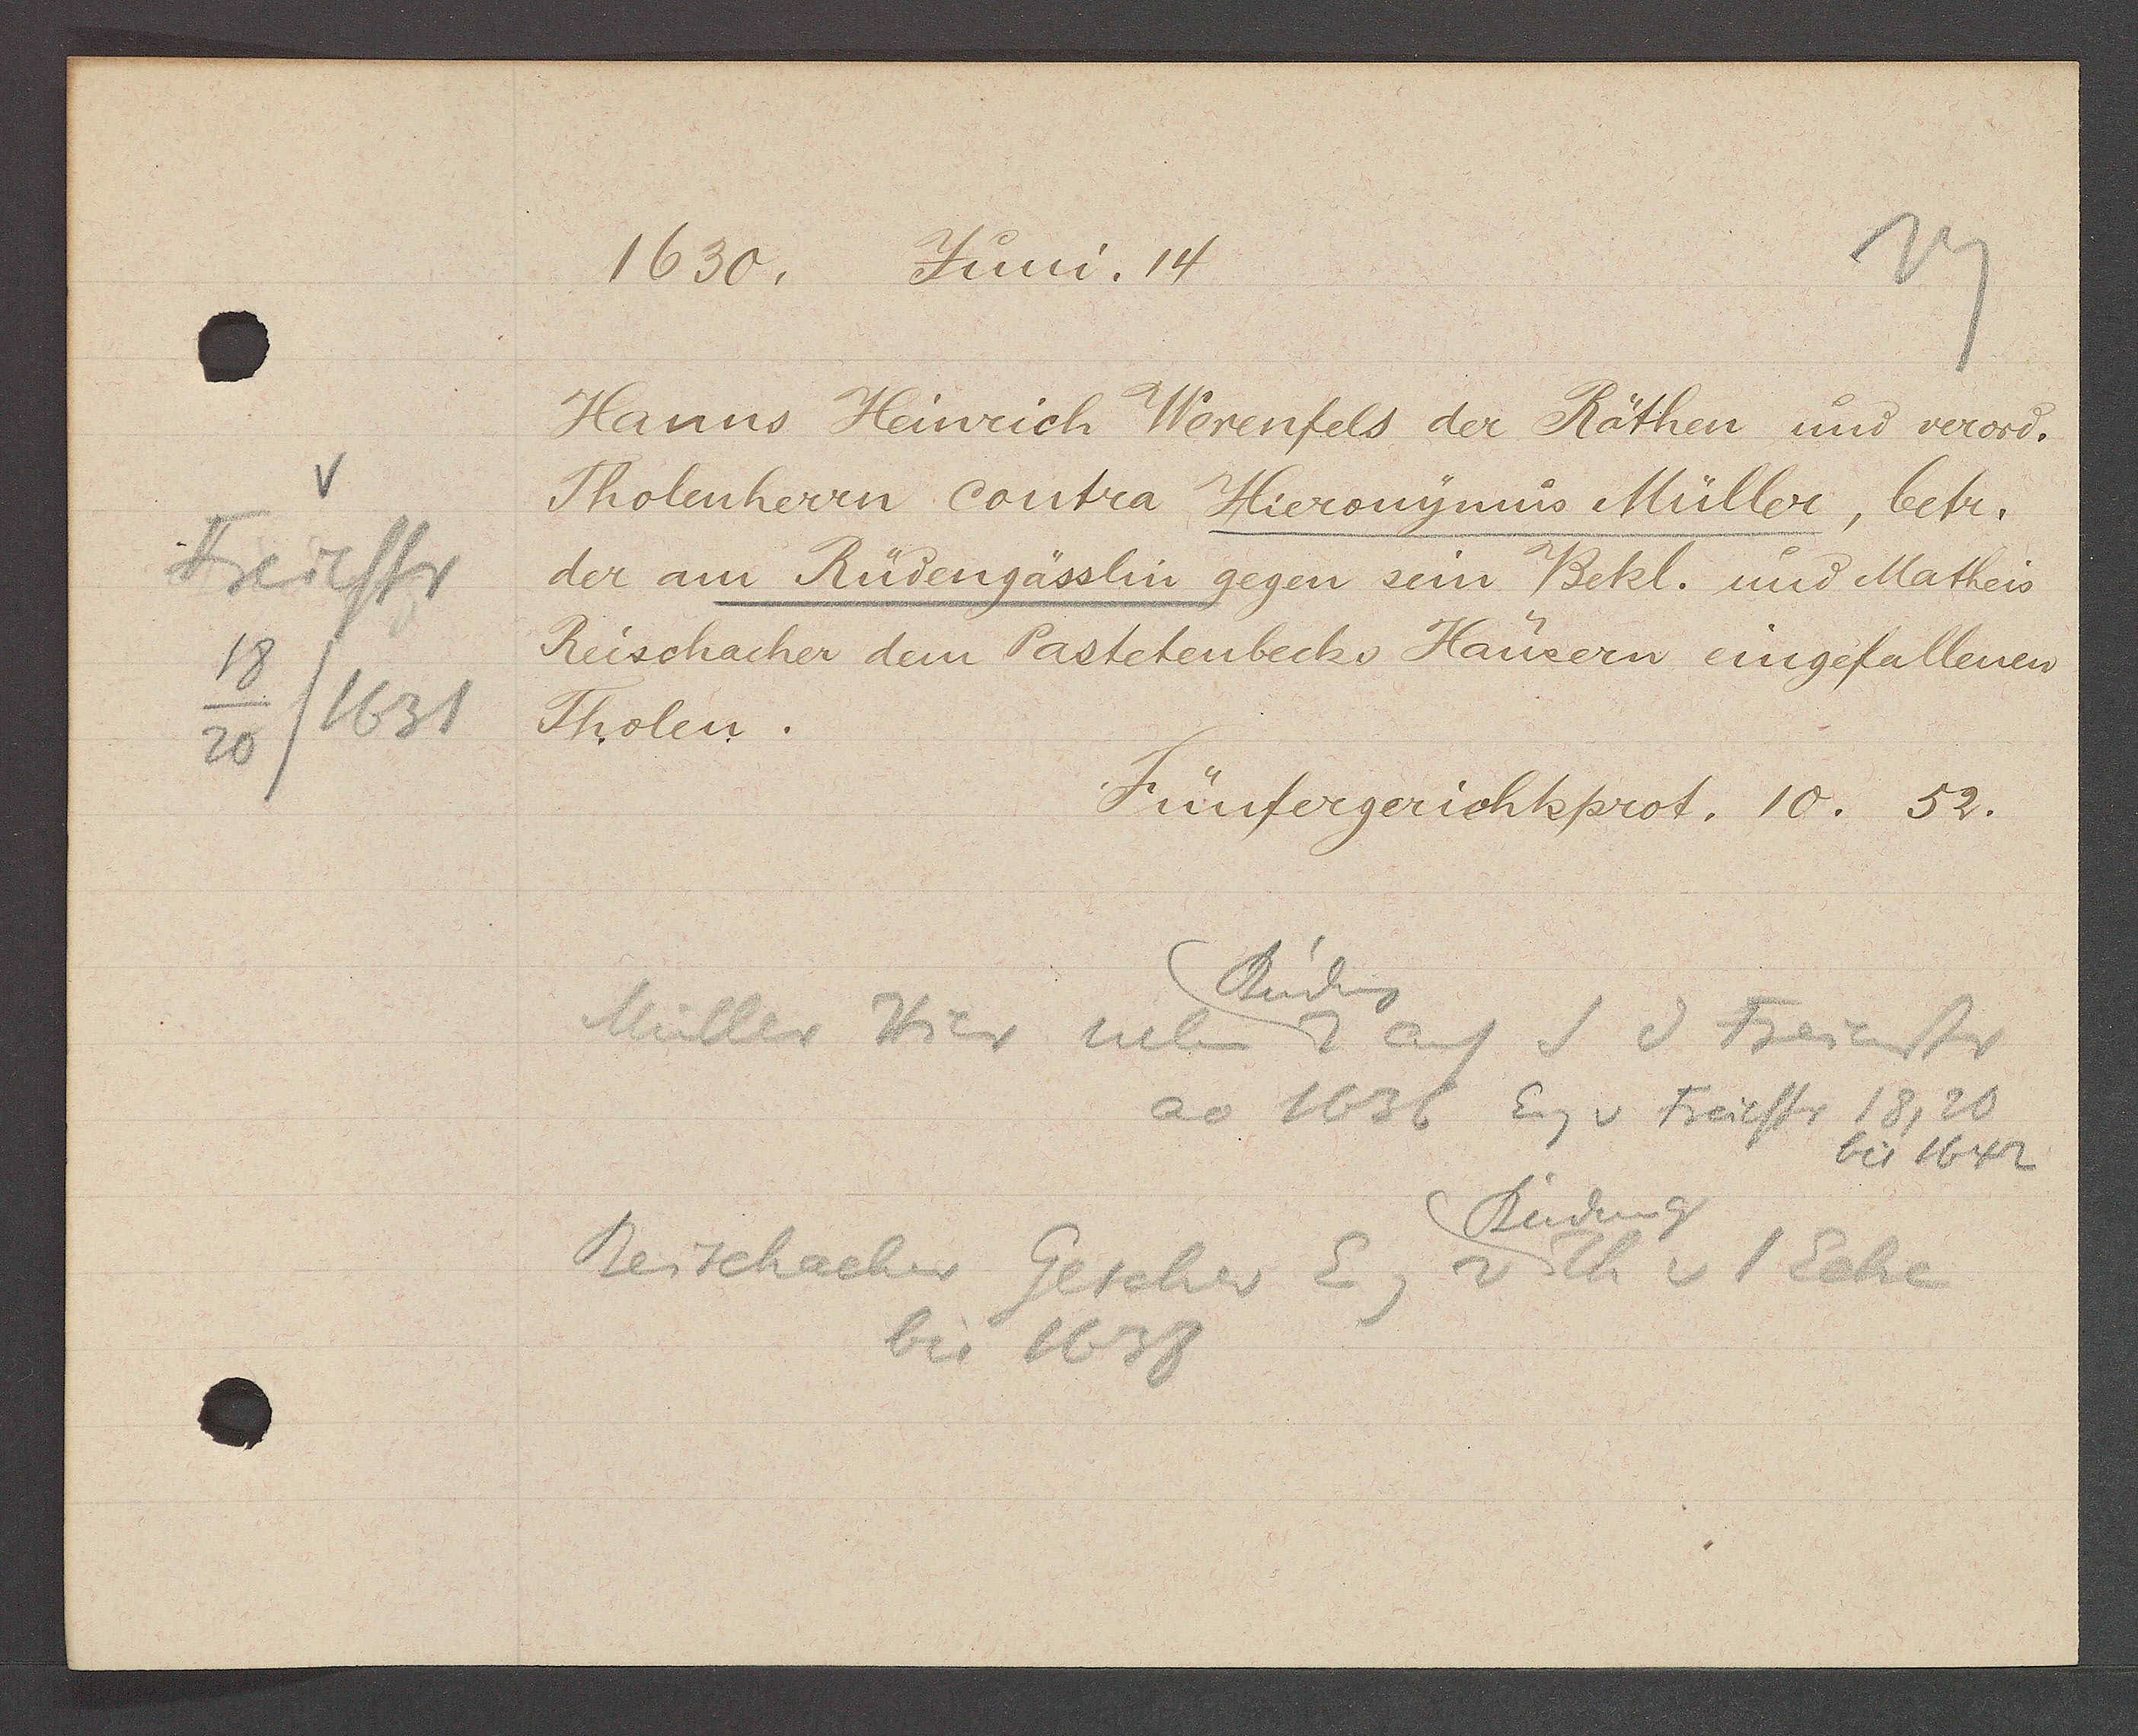
Transcript:
Freiestr
18
20/1631

1630. Juni. 14

Hanns Heinrich Werenfels der Räthen und verord.
Tholenherrn contra Hieronymus Müller, betr.
der am Rüdengässlin gegen sein Bekl. und Matheis
Reischacher dem Pastetenbecks Häusern eingefallenen
Tholen.

Rüdeng
Müller Hier neben 2
auf S d Freiestr
ao 1636 Eig v Freiestr 18, 20
bis 1642
Rüdeng
Beischacher Gescher Eig v Th v 1 Ecke
bis 1638

Fünfergerichtsprot. 10. 52.